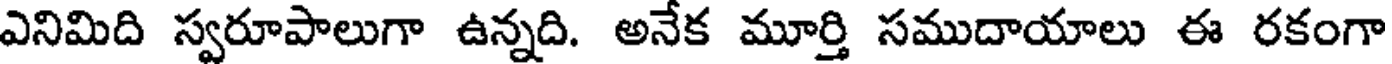
ఎనిమిది స్వరూపాలుగా ఉన్నది. అనేక మూర్తి సముదాయాలు ఈ రకంగా